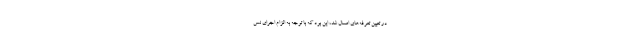
در تعیین تعرفه‌های امسال شد، این بود که با توجه به الزام اجرای نس